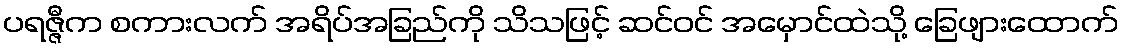
ပရဇ္ဇီက စကားလက် အရိပ်အခြည်ကို သိသဖြင့် ဆင်ဝင် အမှောင်ထဲသို့ ခြေဖျားထောက်